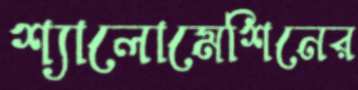
শ্যালোমেশিনের